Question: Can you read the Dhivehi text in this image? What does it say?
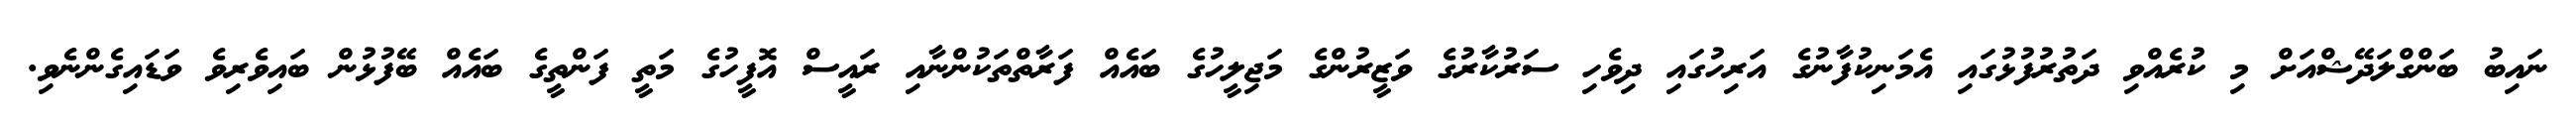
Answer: ނައިބު ބަންގްލަދޭޝްއަށް މި ކުރެއްވި ދަތުރުފުޅުގައި އެމަނިކުފާނުގެ އަރިހުގައި ދިވެހި ސަރުކާރުގެ ވަޒީރުންގެ މަޖިލީހުގެ ބައެއް ފަރާތްތަކުންނާއި ރައީސް އޮފީހުގެ މަތީ ފަންތީގެ ބައެއް ބޭފުޅުން ބައިވެރިވެ ވަޑައިގެންނެވި.